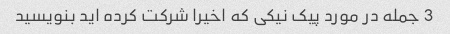
3 جمله در مورد پیک نیکی که اخیرا شرکت کرده اید بنویسید